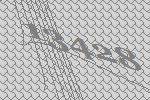
13428